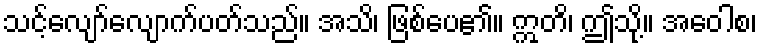
သင့်လျော်လျောက်ပတ်သည်။ အသိ၊ ဖြစ်ပေ၏။ ဣတိ၊ ဤသို့။ အဝေါစ၊